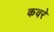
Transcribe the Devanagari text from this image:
कवरे